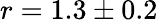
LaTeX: r=1.3\pm 0.2